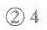
②4